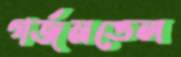
গর্জনতেল